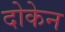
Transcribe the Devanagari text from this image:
दोकेन